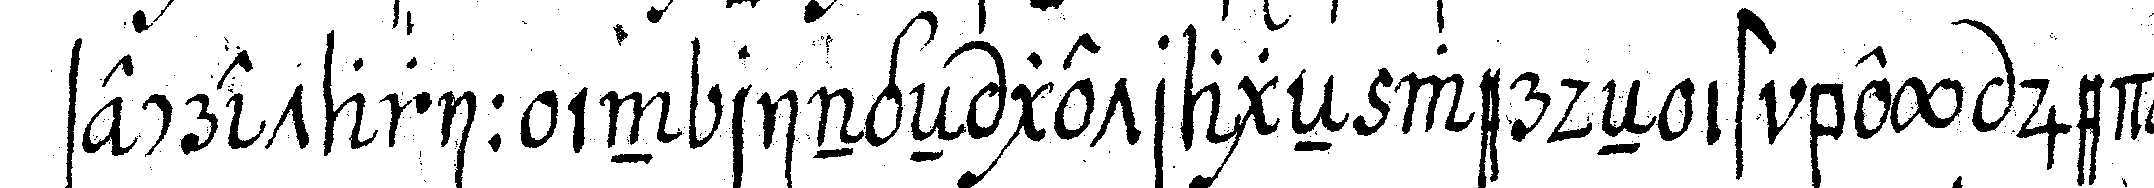
secretarii in ringeN getrageN werdeN ist bey jeder